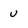
Character: u